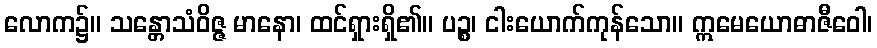
လောက၌။ သန္တောသံဝိဇ္ဇ မာနော၊ ထင်ရှားရှိ၏။ ပဉ္စ၊ ငါးယောက်ကုန်သော။ ဣမေယောဓာဇီဝေါ၊